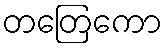
တတြေကော